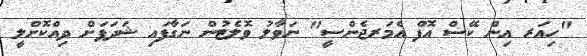
"ހިއަރ އިން ކޭސް އޮފް އެމަރޖެންސީ" ނަވާލު ވޮލެޓުން ނަގާފައި ޝަދަފަށް ދިއްކޮށްލީ